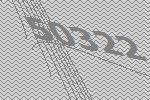
50322